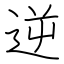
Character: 逆